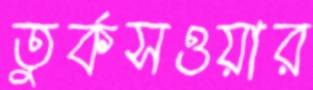
তুর্কসওয়ার